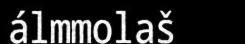
álmmolaš